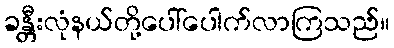
ခန္တီးလုံနယ်တို့ပေါ်ပေါက်လာကြသည်။